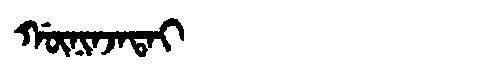
Manchu: ᡤᡡᠨᡳᠨᠵᠠᡨᠠᡳ
Romanization: GŪNINJATAI